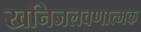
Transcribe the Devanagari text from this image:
खनिजलवणात्मक